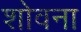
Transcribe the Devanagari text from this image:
शोवना